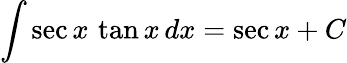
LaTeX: \int\sec{x}\, \tan{x}\, dx=\sec{x}+C